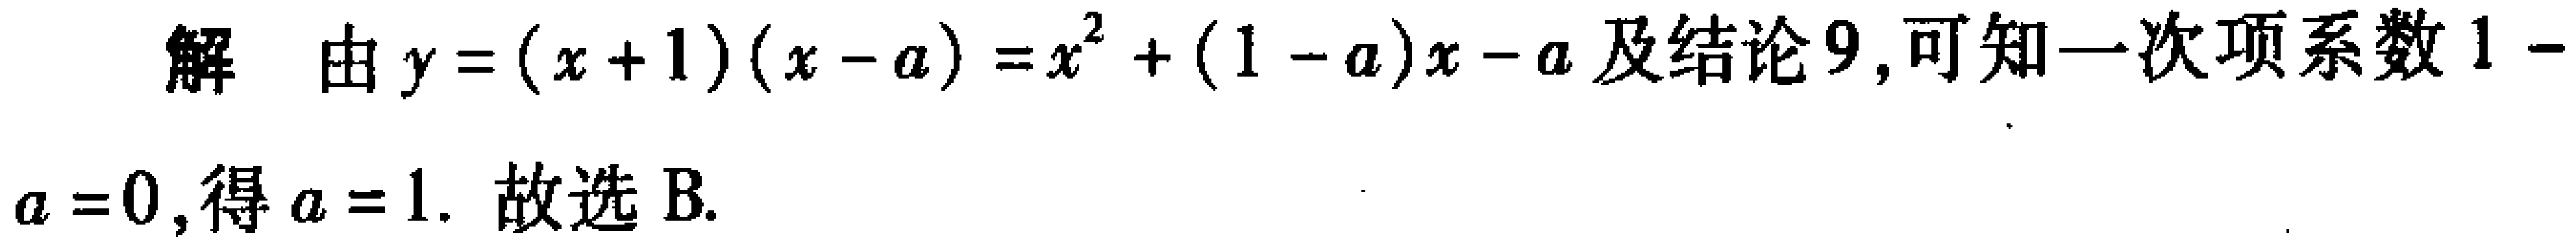
解 由\(y=(x + 1)(x - a)=x^{2}+(1 - a)x - a\)及结论9,可知一次项系数\(1 - a = 0\),得\(a = 1\). 故选B.